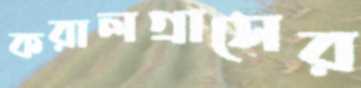
করালগ্রাসের